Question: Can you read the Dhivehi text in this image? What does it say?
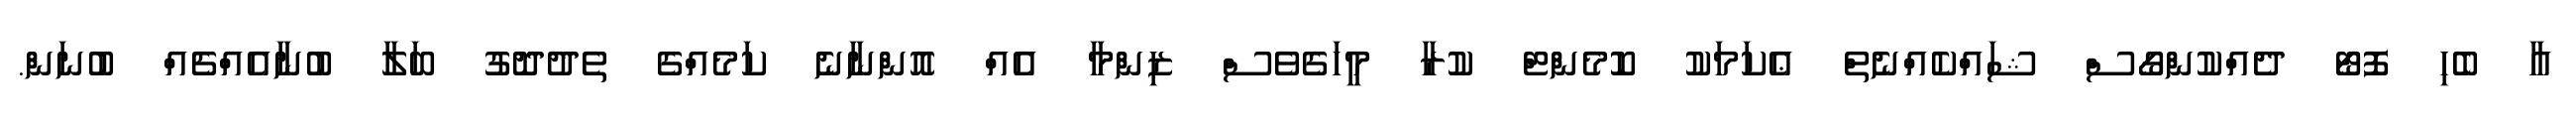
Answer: އާ ބެހި ފޮޓޯ ދެއްކުންގޯސް ޝައްކެއްނެތް ޢެކަމަކު ކޮމެންޓް ކުރާ މީހަގެވެސް ޒިންމާ އެއް އޮންނާނެ ކަމެއްގެ ތެދުދޮގު ބަލާ ބުނާއެއްޗެއް ބުނަން.